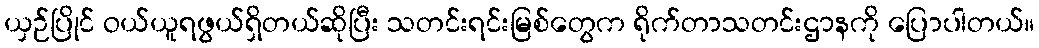
ယှဉ်ပြိုင် ဝယ်ယူရဖွယ်ရှိတယ်ဆိုပြီး သတင်းရင်းမြစ်တွေက ရိုက်တာသတင်းဌာနကို ပြောပါတယ်။